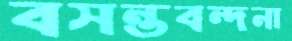
বসন্তবন্দনা